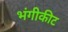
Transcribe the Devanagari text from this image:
भंगीकीट